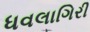
ધવલાગિરી